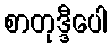
စာတုဒ္ဒီပေါ